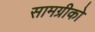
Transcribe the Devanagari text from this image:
सामग्रीको